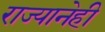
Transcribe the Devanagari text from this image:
राज्यानेही